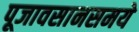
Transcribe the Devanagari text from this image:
पूजावसानसमये